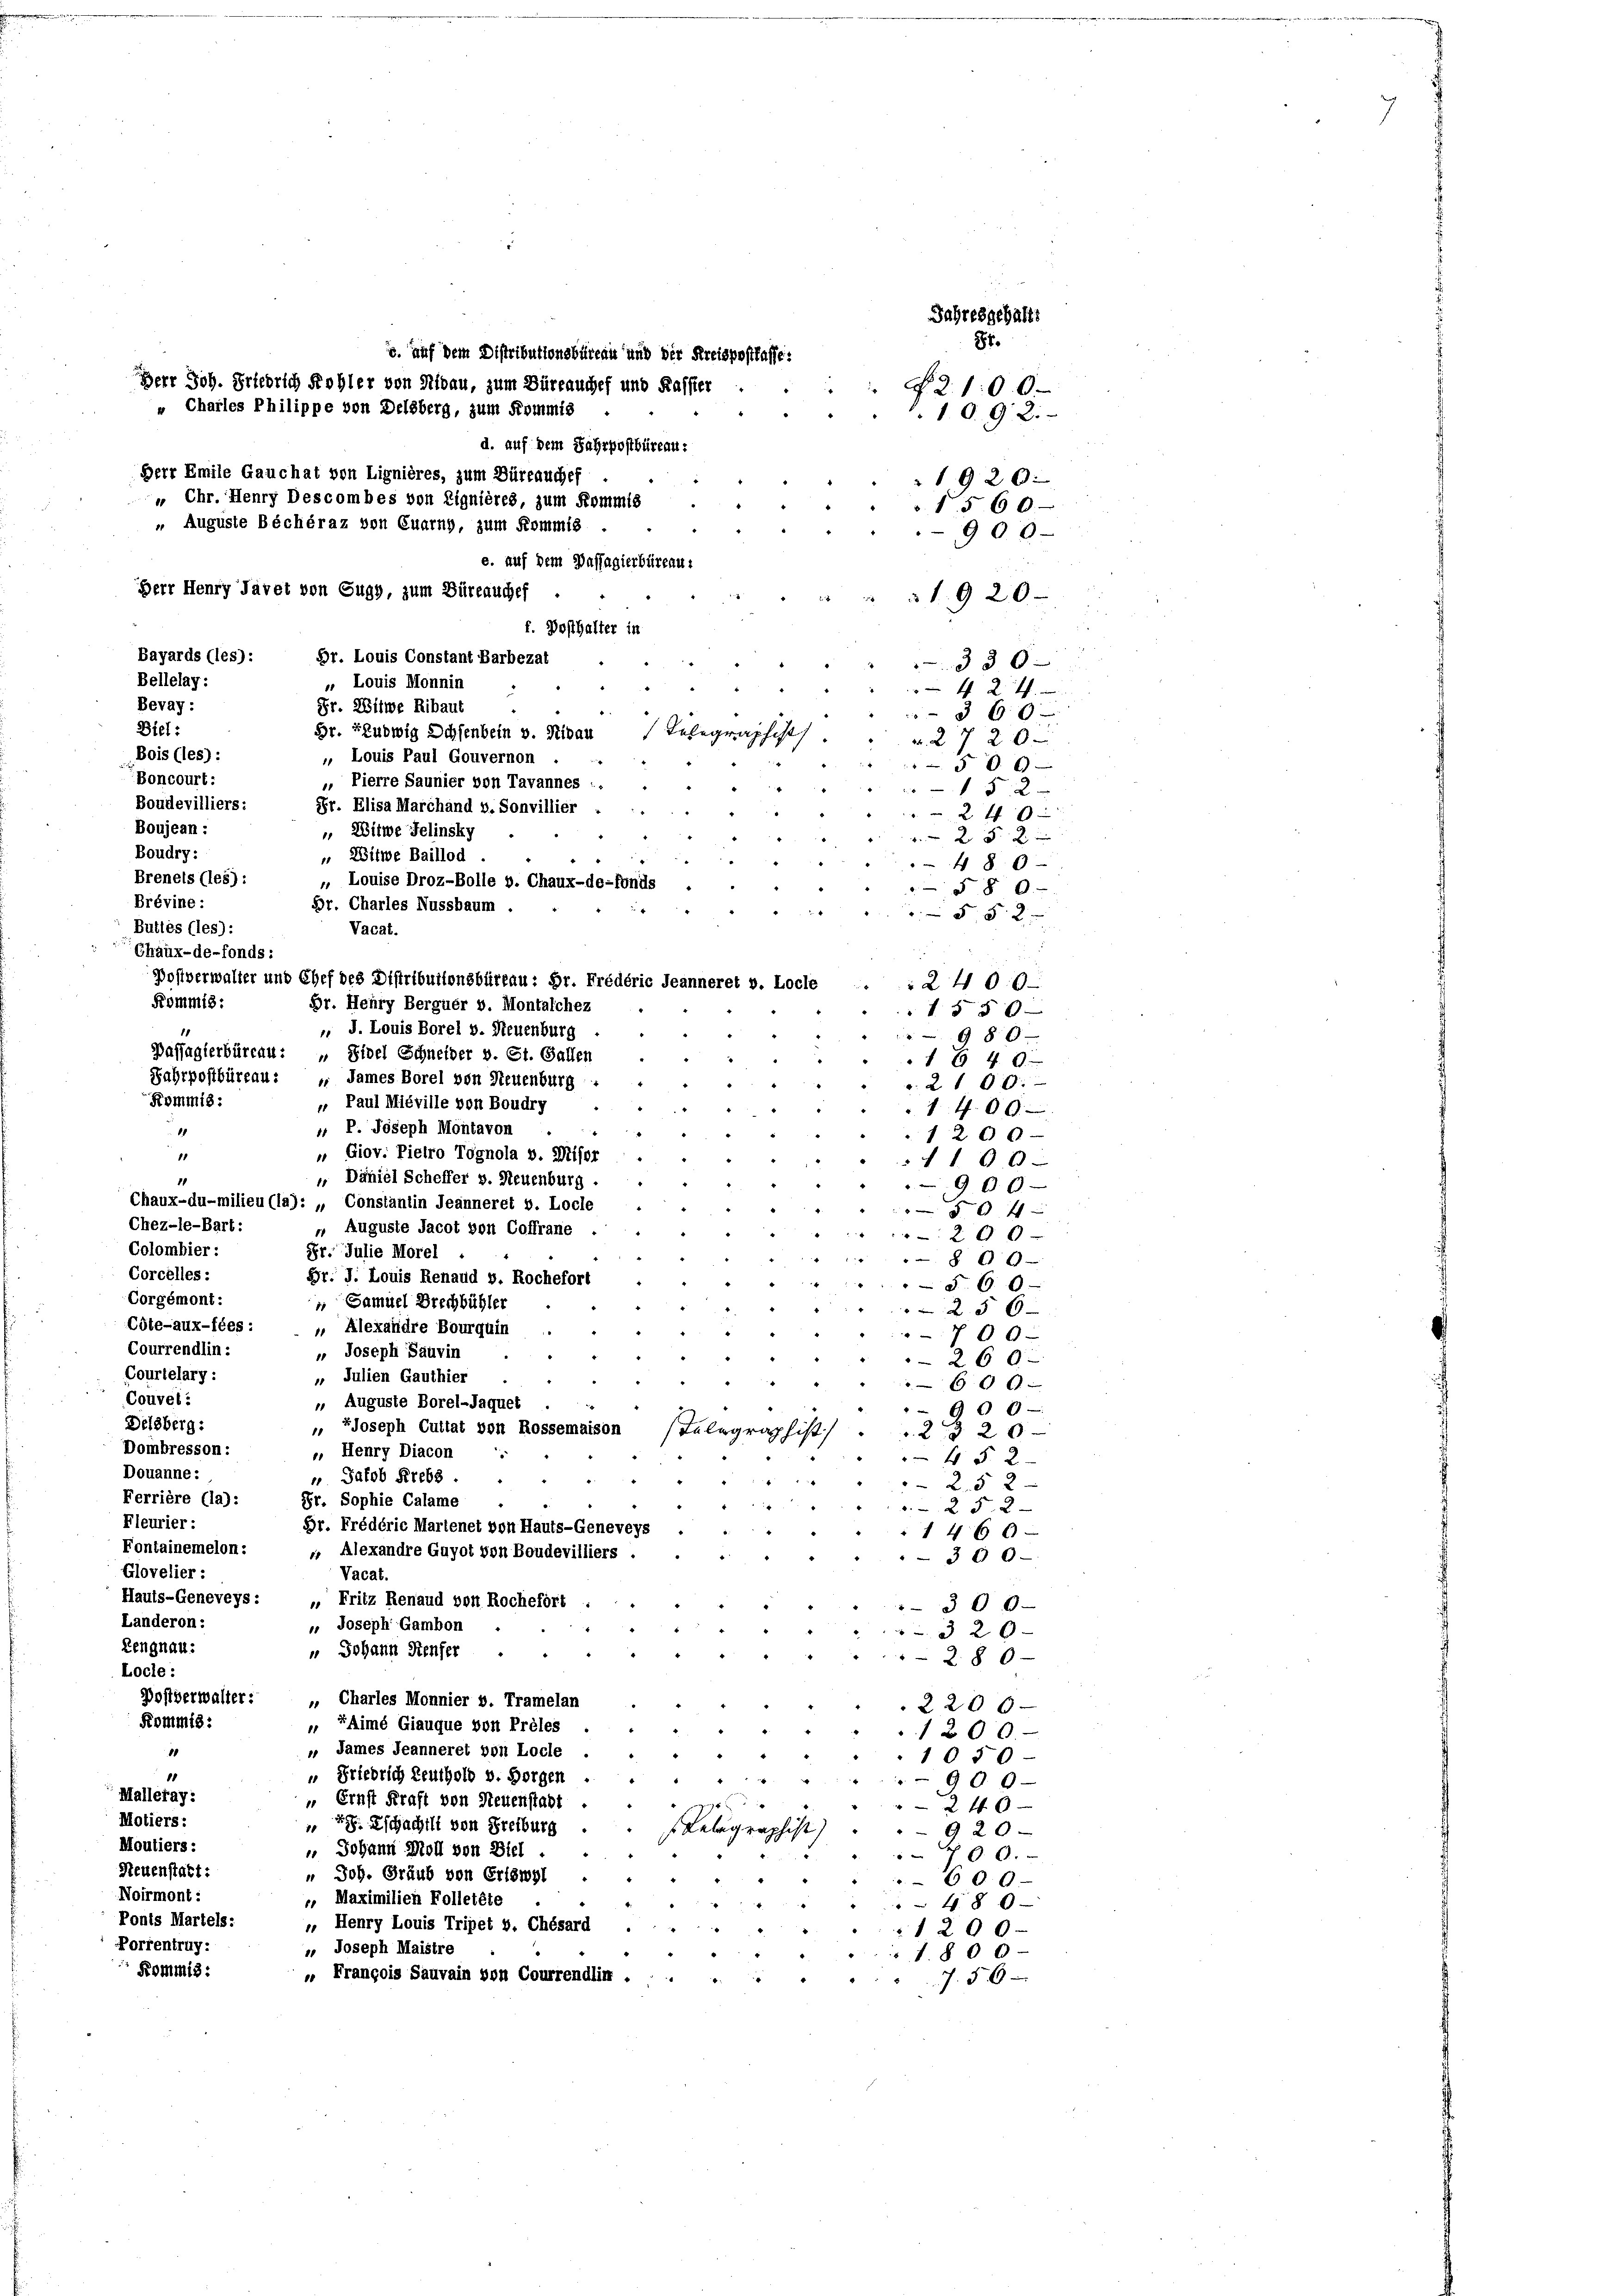
c. auf dem Distributionsbüreau und der Kreispostlasse:
Herr Joh. Friedrich Kohler von Nidau, zum Büreauchef und Kassier
" Charles Philippe von Delsberg, zum Kommis
Herr Emile Gauchat von Lignières, zum Dürrauchef
„ Chr. Henry Descombes von Lignières, zum Kommis
„Auguste Bechéraz von Quarny, zum Kommis
e. auf dem Dussagierbüreau,
Herr Henry Jävet von Gugg, zum Büreauches
f. Posthalter in
Bayards (les):
Br. Louis Constant Barbezat
380-
Bellelag:
„ Louis Monnin
424.
Bevay:
Fr. Witwe Ribaut
360 x
Biel:
Hr. Ludwig Dchsenbein v. Stibau belege
20
u. 2
Bois (les):
„ Louis Paul Gouvernon
500
Boncourt:
„ Pierre Saunier von Tavannes :
152
Boudevilliers:
Sr. Elisa Marchand v. Sonvillier
 2 x
Boujean :
„ Witwe Jelinsky
 x 5 x
Boudry:
" Witwe Baillod
480
Brenels (les) :
„ Louise Droz-Bolle v. Chaux-de-Fonds
§8 0
Brévine:
Dr. Charles Nussbaum .
.
55 2
Buttes (les):
Vacat.
Chaux-de-fonds :
Postverwalter und Chef des Distributionsbüreau: Hr. Frédéric Jeanneret v. Locle
2400
Kommis:
Gr. Henry Berguer v. Montalchez
1550
 J. Louis Borel v. Neuenburg
11
98 x
Passagierbüreau: „Fidel Schneider v. St. Gallen
G 40
Fahrpostbüreau: „ James Borel von Neuenburg -
. 2100.

11
11
Chaux-du-milieu
Chez-le-Bart:
Colombier:
Corcelles:
Corgémont:
Cdte-aux-fées:
Courrendlin:
Courtelary :
Couvel:
Delsberg:
Dombresson:
Douanne:
Ferrière (la):
Fleurier:
Fontainemelon :
Glovelier :
Hauts-Geneveys :
Landeron:
Lengnau:
Locle:
Postverwalter:
Kommis:
11
18
Malleray:
Motiers:
Moutiers:
Neuenstatt:
Noirmont:
Ponts Martels:

Porrentruy:
Kommis:

Kommis:

d. auf dem Fahrpostbüreau.

Jahresgehalte
87.

1092.
1920.
1560
900
1920

N. Z. 100.

„ Paul Miéville von Boudry
1 f. 69
 P. Joseph Montavon
1200
„ Giov. Pietro Tögnola v. Misor
1100
 Däniel Scheffer v. Neuenburg .
900-
a): „ Constantin Jeanneret v. Locle
504
» Auguste Jacot von Coffrane
20 x
Pr. Julie Morel
800
Gr. J. Louis Renaud v. Rochefort
§ 60
 Samuel Brechbühler
25 6
 Alexandre Bourquin
1
700
 Joseph Sauvin
260
„ Julien Gauthier
600.
» Auguste Borel-Jaquet
900
 JJoseph Cuttat von Rossemaison
Telegraphist
20
.3
 Henry Diacon
4 § 2
 Jakob Krebs .
25 2
Fr. Sophie Calame
 25. 2
Dr. Frédéric Martenet von Hauts-Geneveys
1466
 Alexandre Guyot von Boudevilliers.
" 300
Vacat.
„ Fritz Renaud von Rochefort :
300
 Joseph Gambon
320-
 Johann Senfer
280—
„ Charles Monnier v. Tramelan
2206—
„ SAimé Giauque von Prèles
1200.
 James Jeanneret von Locle
1050
“ Friedrich Leuthold v. Horgen
.
900
 Ernst Kraft von Neuenstatt
 xx
 28. Eschachill von Freiburg
Kelegraphist
920
 Johann Moll von Biel
 00.
" Joh. Graub von Eriswyl
600
. Maximilien Folletête
48 0
 Henry Louis Tripet v. Chésard
1200
" Joseph Maistre
1800
„ François Sauvain von Courrendlin .
756.